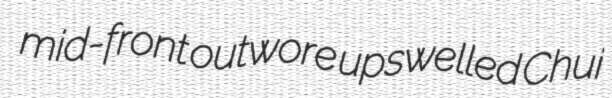
mid-front outwore upswelled Chui